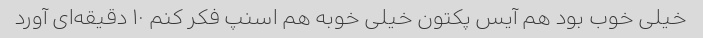
خیلی خوب بود هم آیس پکتون خیلی خوبه هم اسنپ فکر کنم ۱۰ دقیقه‌ای آورد